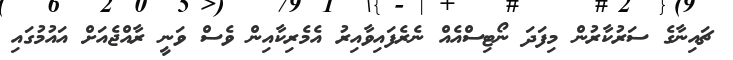
ޗައިނާގެ ސަރުކާރުން މިފަދަ ނޯޓިސްއެއް ނެރެފައިވާއިރު އެމެރިކާއިން ވެސް ވަނީ ރާއްޖެއަށް އައުމުގައި